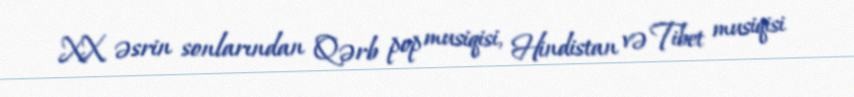
XX əsrin sonlarından Qərb pop musiqisi, Hindistan və Tibet musiqisi